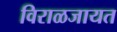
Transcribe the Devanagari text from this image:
विराळजायत